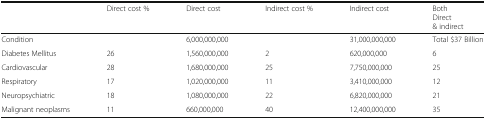
<table><thead><tr><td></td><td><b>Direct cost %</b></td><td><b>Direct cost</b></td><td><b>Indirect cost %</b></td><td><b>Indirect cost</b></td><td><b>BothDirect &amp; indirect</b></td></tr></thead><tbody><tr><td>Condition</td><td></td><td>6,000,000,000</td><td></td><td>31,000,000,000</td><td>Total $37 Billion</td></tr><tr><td>Diabetes Mellitus</td><td>26</td><td>1,560,000,000</td><td>2</td><td>620,000,000</td><td>6</td></tr><tr><td>Cardiovascular</td><td>28</td><td>1,680,000,000</td><td>25</td><td>7,750,000,000</td><td>25</td></tr><tr><td>Respiratory</td><td>17</td><td>1,020,000,000</td><td>11</td><td>3,410,000,000</td><td>12</td></tr><tr><td>Neuropsychiatric</td><td>18</td><td>1,080,000,000</td><td>22</td><td>6,820,000,000</td><td>21</td></tr><tr><td>Malignant neoplasms</td><td>11</td><td>660,000,000</td><td>40</td><td>12,400,000,000</td><td>35</td></tr></tbody></table>